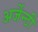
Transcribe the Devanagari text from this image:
अर्जेन्टी